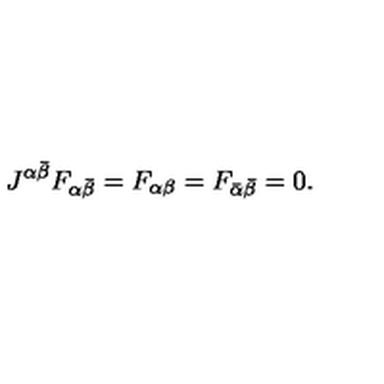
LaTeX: J ^ { \alpha \bar { \beta } } F _ { \alpha \bar { \beta } } = F _ { \alpha \beta } = F _ { \bar { \alpha } \bar { \beta } } = 0 .